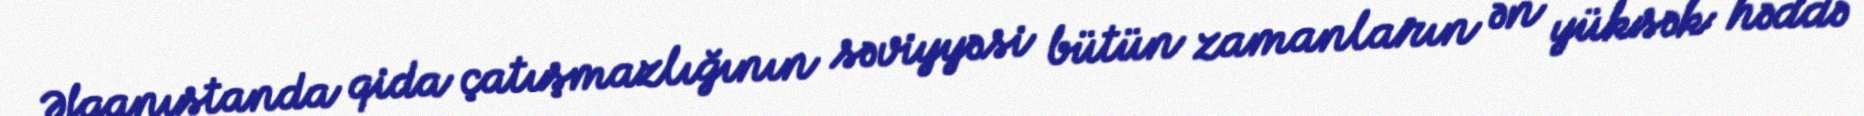
Əfqanıstanda qida çatışmazlığının səviyyəsi bütün zamanların ən yüksək həddə